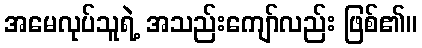
အမေလုပ်သူရဲ့ အသည်းကျော်လည်း ဖြစ်၏။